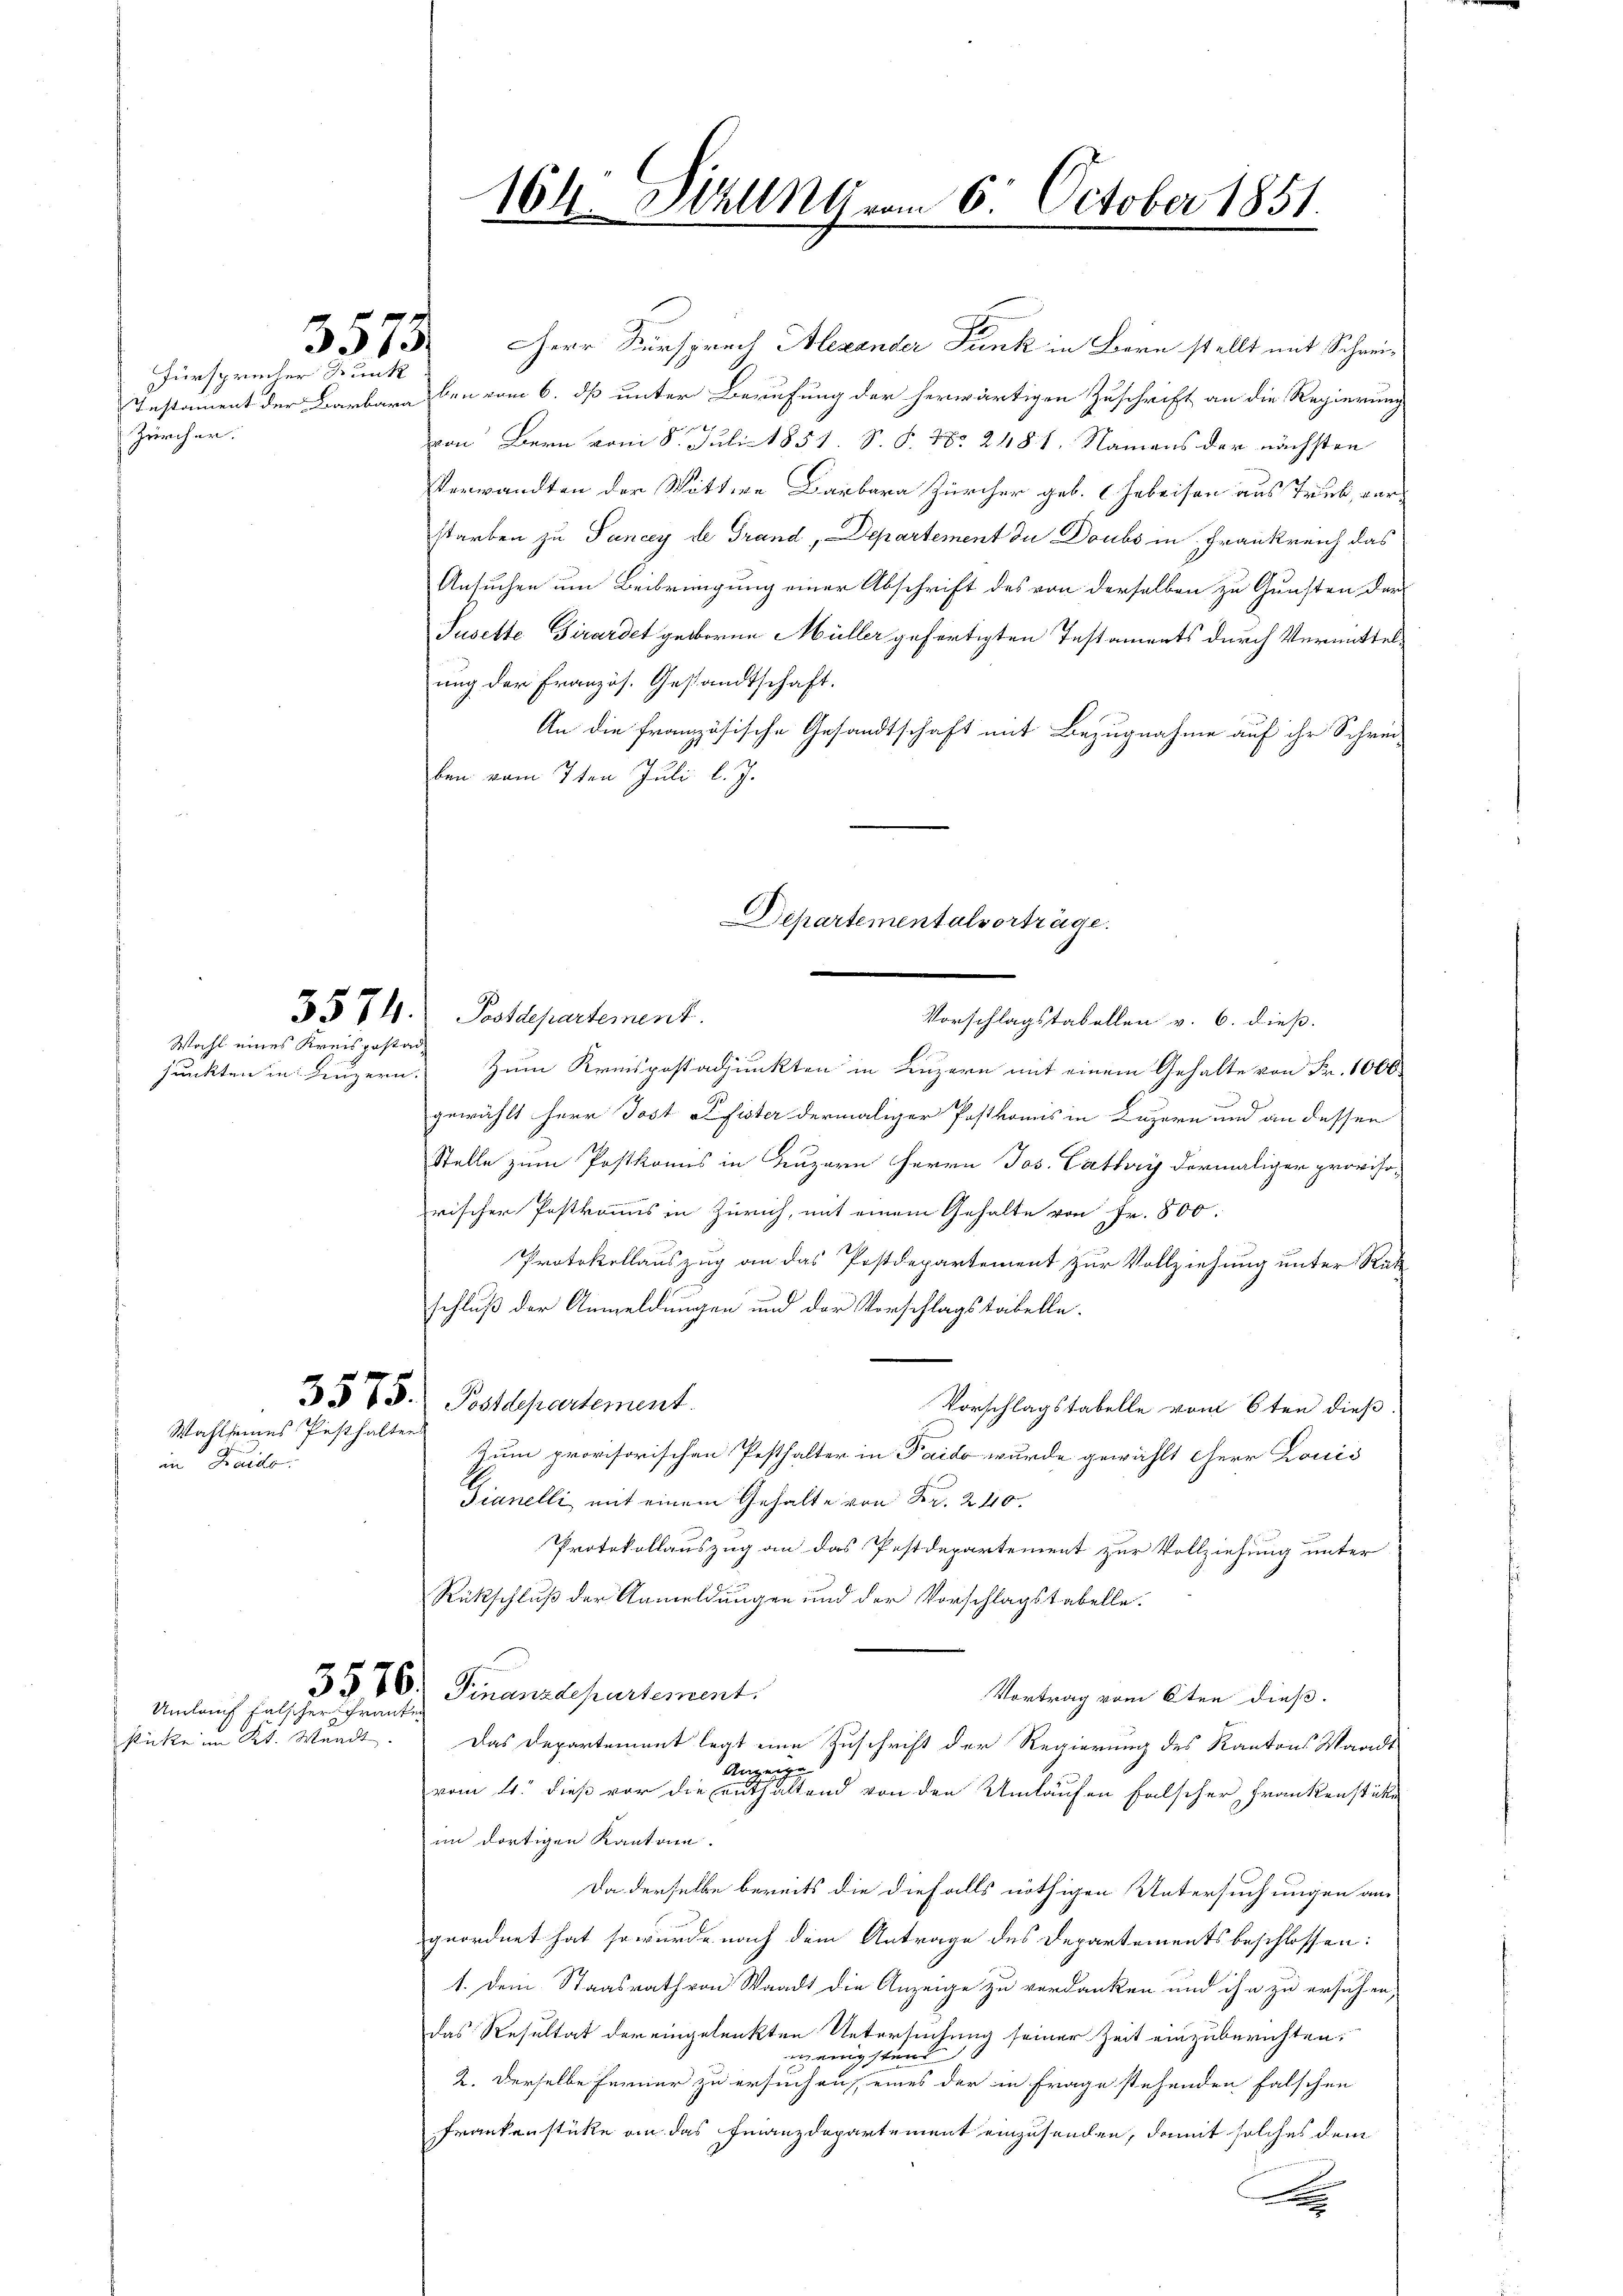
Fürsprecher Kunk
Zürcher.

in Kraison

3573.

Wahl eines Kreisgestad

Wahl seines Pesthalten

stücke im Kt. Wundt.

Umlauf falscher Franken

HHerr Fürsprech Alexander Funk in Bern stellt mit Schrei¬
Instament der Barbara eben vom 6. dß unter Berufung der herwärtigen Zuschrift an die Regierung
von Bern vom 8. Juli 1851 S. P. Nr. 2481. Namens der nächsten
Verwandten der Wittwe Barbara Zürcher geb. (Erbeisen aus Trub, verstarben zu Pancy de Grand, Departement du Doubs in Frankreich das
Ansuchen um Beibringung einer Abschrift des von derselben zu Gunsten der
Jusette Girardet geborne Müller gefertigten Testaments durch Vermittelung der Französ. Gestandtschaft.
An die französische Gesandtschaft mit Bezugnahme auf ihr Schreiben vom 7ten Juli l. J.

3571. Postdepartement.

164 Sizung vom 6. October 1851.

Departementalvorträge.

Vorschlagstabellen v. 6. dieß.
junkten in Luzern. Zum Kreispostadjunkten in Luzern mit einem Gehalte von Fr. 1000
gewählt Herr Jost Pfister dermaliger Postkomis in Luzern und an dessen
Stelle zum Postkomis in Luzern Herrn Jos. Cathary dermaliger provisorischer Postkomis in Zürich, mit einem Gehalte von Fr. 800.
Protokollauszug an das Postdepartement zur Vollziehung unter Rück
schluß der Anmeldungen und der Vorschlagstabelle.
3575. Postdepartement
Vorschlagstabelle vom 6ten dieß.
Zum provisorischen Pesthalter in Paido wurde gewählt herr Louis
Gianelli, mit einem Gehalte von Fr. 240.
Protokollauszug an das Pestdepartement zur Vollziehung unter
Rückschluß der Anmeldungen und der Vorschlagstabelle.
3576. Finanzdepartement.
Vortrag vom 6ten dieß.
Das Departement legt eine Zuschrift der Regierung des Kantons Waadt
Anzeige
vom 4. dieß vor die enthaltend von den Umlaufen falscher Frankenstüke
im dortigen Kantone.
Da derselbe bereits die diefalls nöthigen Untersuchungen an
geordnet hat, so wurde nach dem Antrage des Departements beschlossen:
1. Dem Staatsrath von Waadt die Anzeige zu verdanken und ihn zu ersuchen,
das Resultat der eingelenkten Untersuchung seiner Zeit einzuberichten,
ennigsten
2. Derselbe Ferner zu ersuchen, eines der in Frage stehenden falschen
Frankenstücke an das Finanzdepartement einzusenden, damit solches dem
x